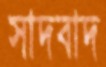
সাদবাদ